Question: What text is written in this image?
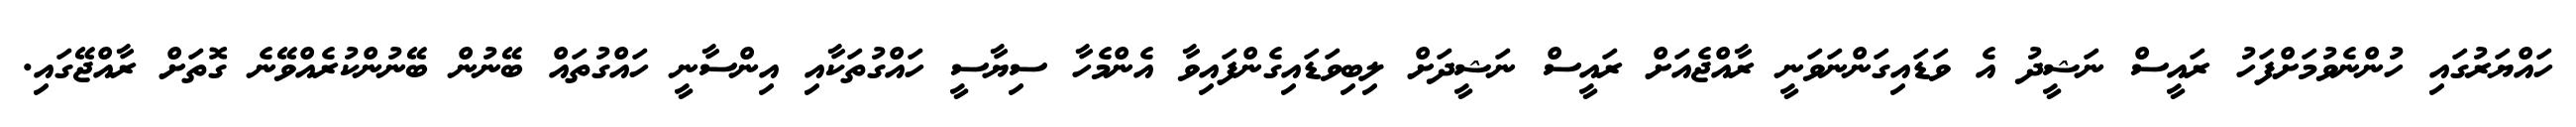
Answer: ހައްޔަރުގައި ހުންނެވުމަށްފަހު ރައީސް ނަޝީދު އެ ވަޑައިގަންނަވަނީ ރާއްޖެއަށް ރައީސް ނަޝީދަށް ލިބިވަޑައިގެންފައިވާ އެންމެހާ ސިޔާސީ ހައްގުތަކާއި އިންސާނީ ހައްގުތައް ބޭނުން ބޭނުންކުރެއްވޭނެ ގޮތަށް ރާއްޖޭގައި.